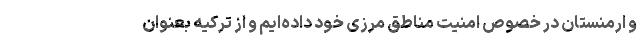
و ارمنستان در خصوص امنیت مناطق مرزی خود داده‌ایم و از ترکیه بعنوان